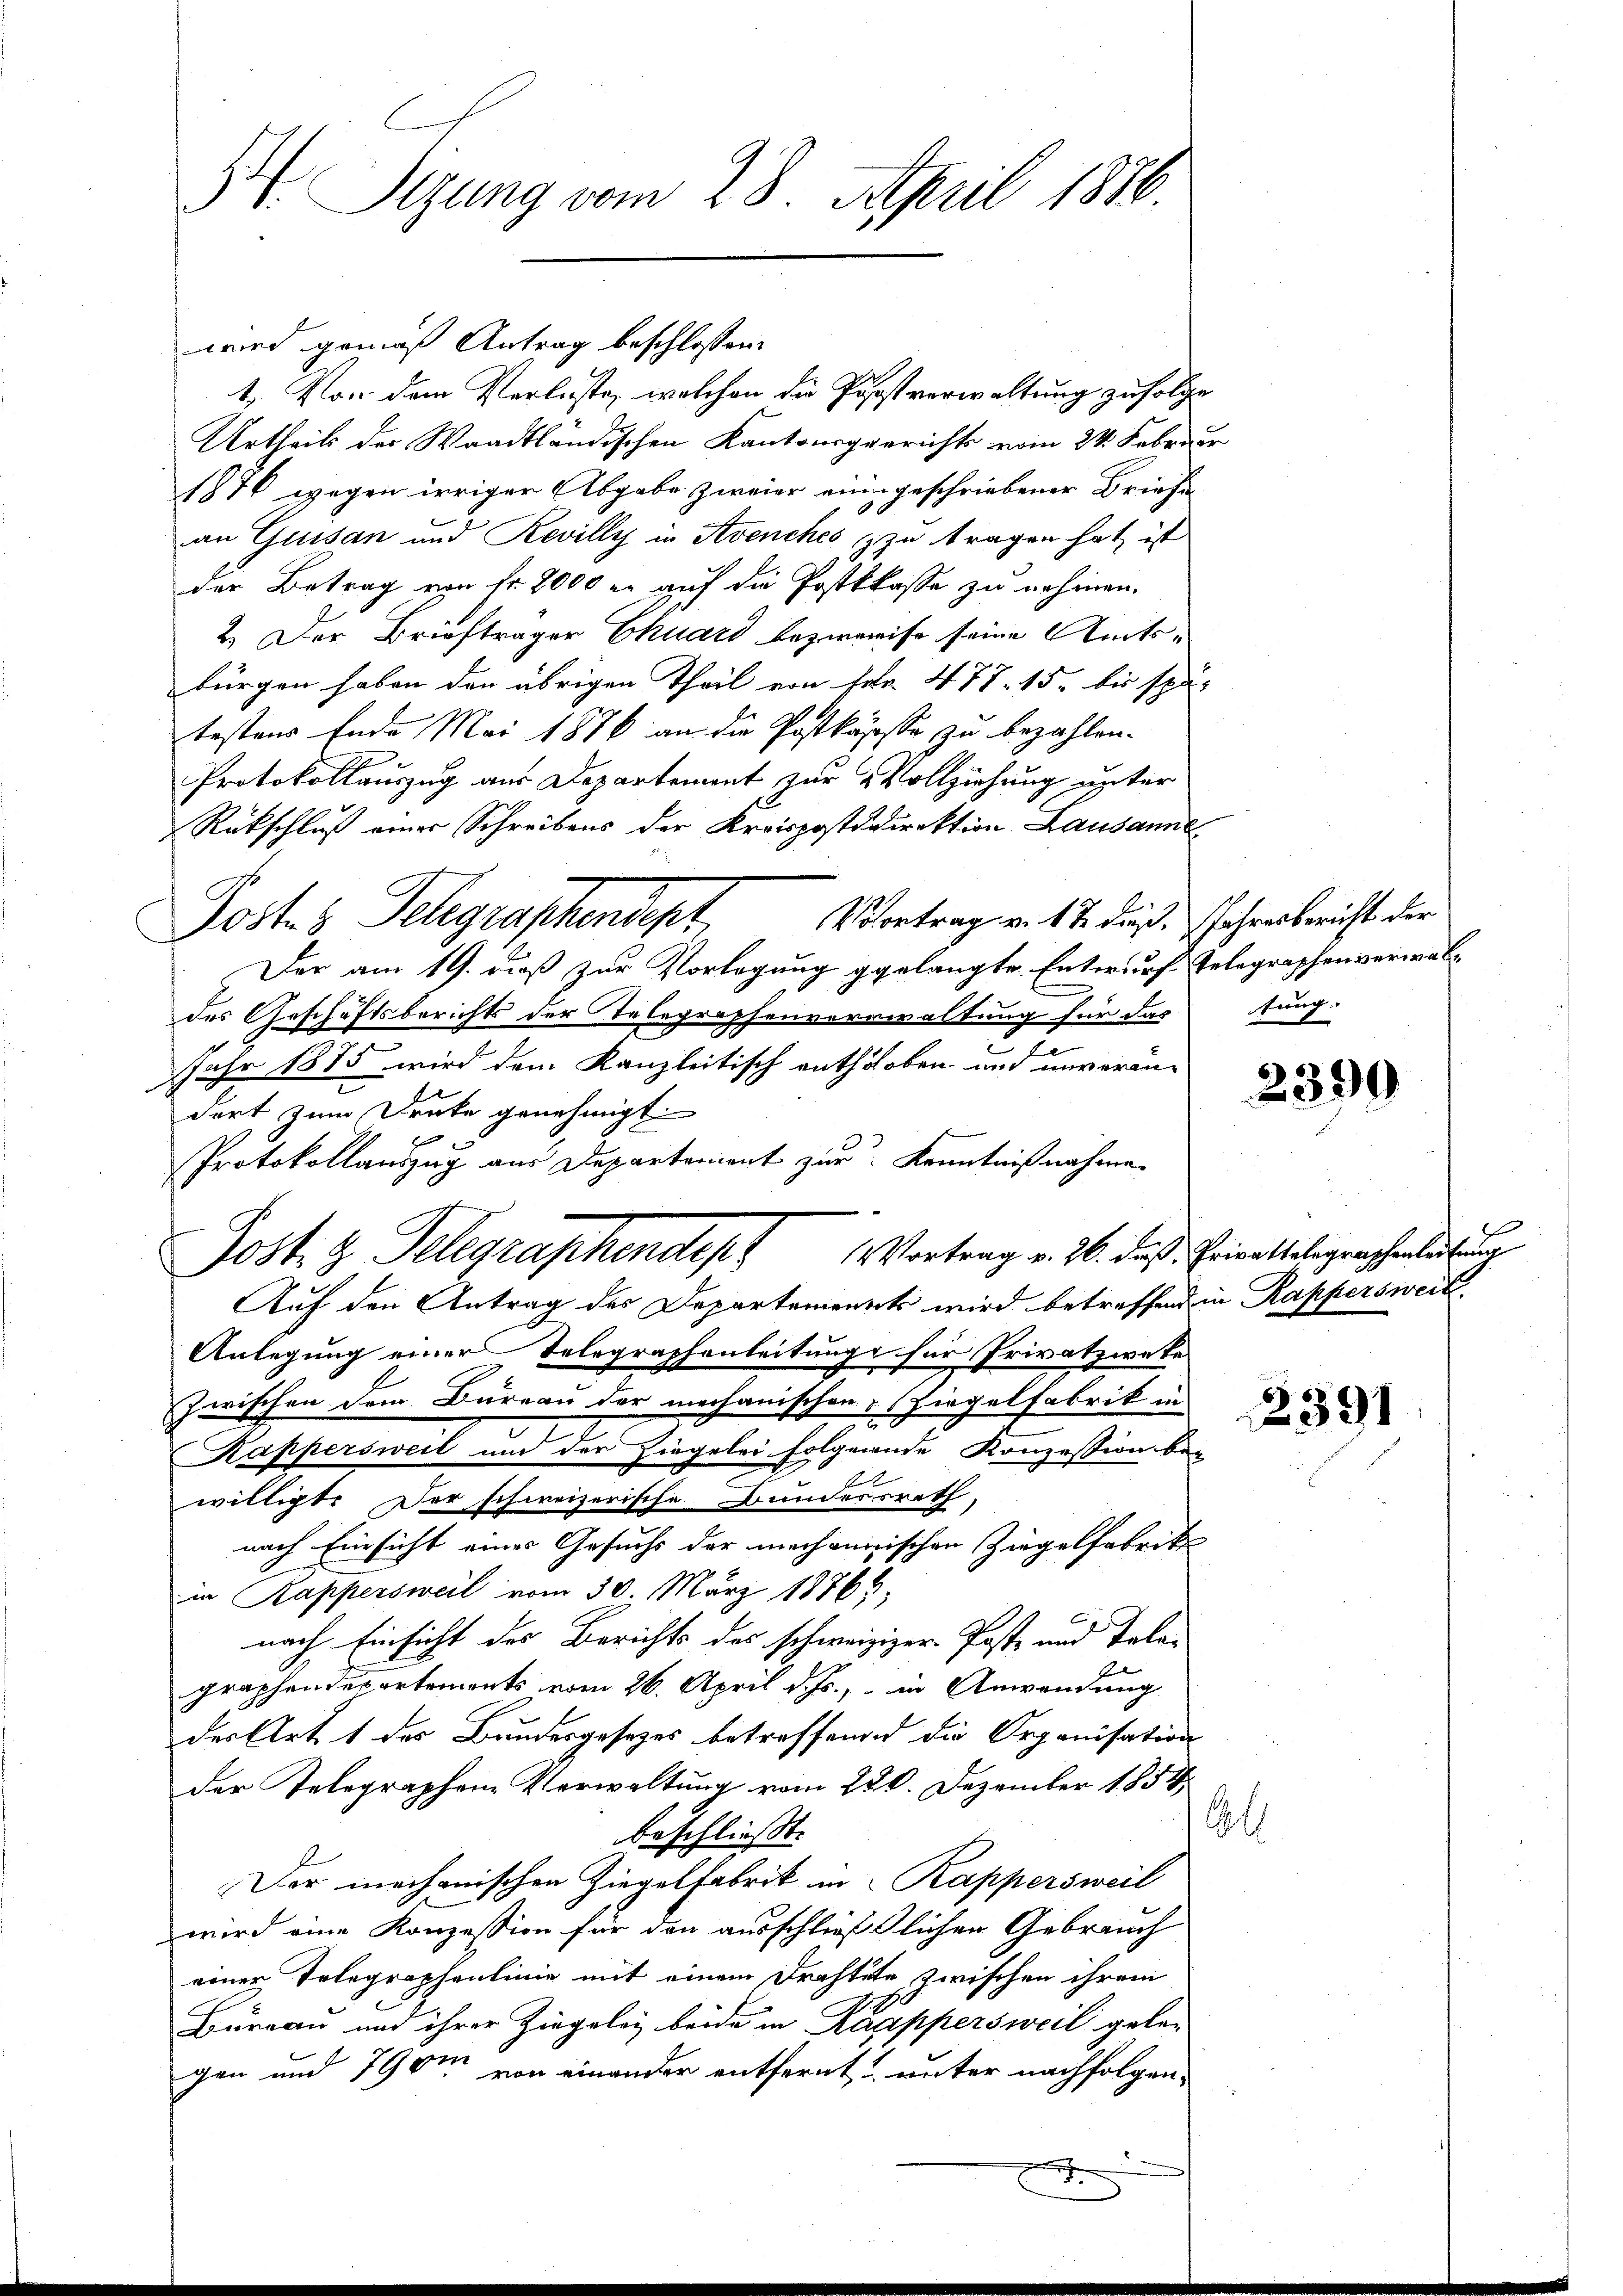
H Sizung vom 28. April 1876.

wird gemäß Antrag beschlossen:
1. Von dem Verluste, welchen die Postverwaltung zufolge
Urtheils der Waadtländischen Kantonsgerichts vom 24. Februar
1876 wegen irriger Abgabe zweier eingeschriebener Briefe
an Gussan und Revilly in Avenches zu tragen hat ist
der Betrag von fr. 8000 er auf die Postklasse zu nehmen.
2.) Der Briefträger Chuard bezweise seine Amtsbürgen haben der übrigen Theil von Fr. 477. 15. bis spä-
testens Ende Mai 1876 an die Postkasse zu bezahlen.
Protokollauszug aus Departement zur Vollziehung unter
Rückschluß einer Schreibens der Kreispostdirektion Lausanne
Der am 19. dieß zur Vorlegung gelangte Entwurf Telegraphenverwaldes Geschäftsberichts der Telegraphenverwaltung für das
3
Jahr 1875 wird dem Kanzleitisch anthoben und unverän-
dort zum Druke genehmigt.
Protokollauszug aus Departement zur Kenntnißnahme
Post z. Telegraphendes Vortrag v. 26. daß Heiratelegraphenlich
Auf den Antrag des Departement wird betreffend in Kappersweil
Anlegung einer Telegraphenleitunge für Privatzwate
Zwischen dem Bureau der mechanischen Ziegelfabrik in
Kappersweil und der Hingelei folgende Konzession beg
1
willigte Der schweizerische Bundersrath,
nach Einsicht eines Gesuchs der mechannischen Ziegelfabrik
in Rappersweil vom 30. März 18868,
nach Einsicht des Berichts des schweiziger Post- und Tele-
graphendepartements vom 26. April d. Js., in Anwendung
der Art 1 des Bundesgesezes betreffende die Organisation
der Telegraphen Verwaltung vom 220. Dezember 1854
l
beschließt:
Der mechanischen Ziegelfabrik in Kappersweil
wird eine Konzession für den ausschließlichen Gebrauch
einer Telegraphenlinie mit einem Drahtete zwischen ihrem
Bureau und ihrer Zingelei beide in Kamppersweil gelan
gen und 790m von einander entfernt unter nachfolgen-

Postes Telegraphendept Vortrag v. 12. das Jahresbericht der

tung.

2399

2391